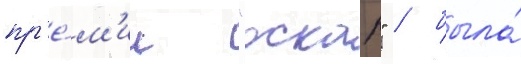
пр'е́м'ии "оскар" / была́